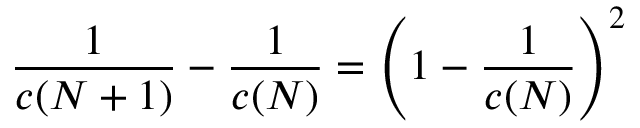
{ \frac { 1 } { c ( N + 1 ) } } - { \frac { 1 } { c ( N ) } } = \left( 1 - { \frac { 1 } { c ( N ) } } \right) ^ { 2 } \,